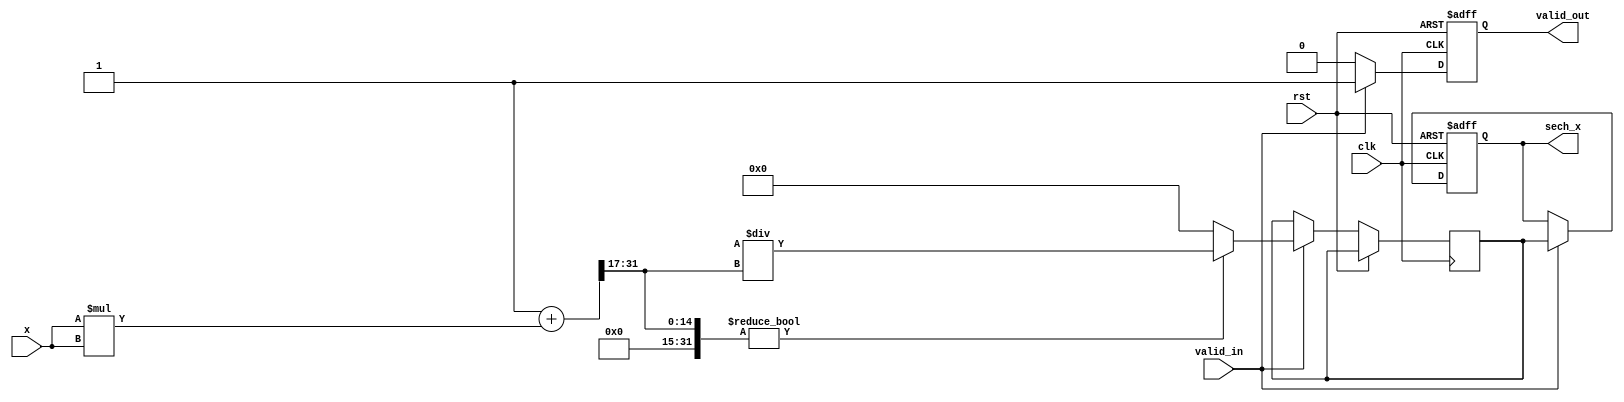
module hyperbolic_secant #(parameter WIDTH = 32, // Width for fixed-point representation
                           parameter FRAC_BITS = 16) // Number of fractional bits
(
    input wire clk,
    input wire rst,
    input wire valid_in,
    input wire [WIDTH-1:0] x, // Input signal
    output reg valid_out,
    output reg [WIDTH-1:0] sech_x // Output signal
);

// Internal signals
wire [WIDTH-1:0] cosh_x;
reg [WIDTH-1:0] reciprocal_cosh;
reg [WIDTH-1:0] cosh_x_temp;

// Hyperbolic Cosine Calculation using Taylor series
// cosh(x) = 1 + x^2/2! + x^4/4! + ...
// For simplicity, we will limit the series to a few terms
assign cosh_x = 1 + (x * x) >> (FRAC_BITS + 1) + ((x * x * x * x) >> (2 * FRAC_BITS + 3)); // 1 + x^2/2 + x^4/24

// Reciprocal Calculation using simple division
always @(posedge clk or posedge rst) begin
    if (rst) begin
        sech_x <= 0;
        valid_out <= 0;
    end else if (valid_in) begin
        // Calculate reciprocal of cosh_x
        if (cosh_x != 0) begin
            reciprocal_cosh <= (1 << WIDTH) / cosh_x; // Fixed-point division
        end else begin
            reciprocal_cosh <= 0; // Handle division by zero case
        end
        
        // Output the sech value
        sech_x <= reciprocal_cosh;
        valid_out <= 1; // Indicate valid output
    end else begin
        valid_out <= 0; // No valid output if valid_in is low
    end
end

endmodule